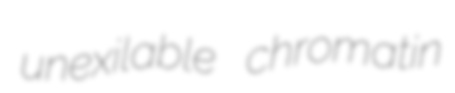
unexilable chromatin